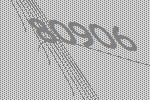
80906